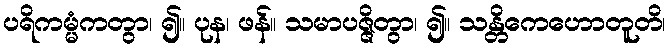
ပရိကမ္မံကတွာ၊ ၍။ ပုန၊ ဖန်။ သမာပဇ္ဇိတွာ၊ ၍။ သန္တိကေဟောတူတိ၊